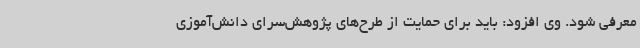
معرفی شود. وی افزود: باید برای حمایت از طرح‌های پژوهش‌سرای دانش‌آموزی